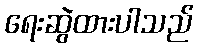
ရေးဆွဲထားပါသည်